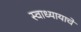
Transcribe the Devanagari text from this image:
स्वाध्यायाचे